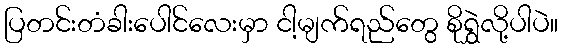
ပြတင်းတံခါးပေါင်လေးမှာ ငါ့မျက်ရည်တွေ စိုရွှဲလို့ပါပဲ။